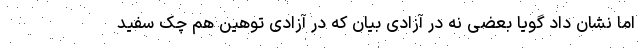
اما نشان داد گویا بعضی نه در آزادی بیان که در آزادی توهین هم چک سفید